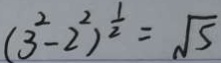
( 3 ^ { 2 } - 2 ^ { 2 } ) ^ { \frac { 1 } { 2 } } = \sqrt { 5 }